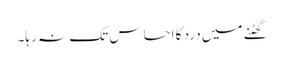
گھٹنے میں درد کا احساس تک نہ رہا۔